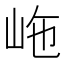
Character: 𡶊